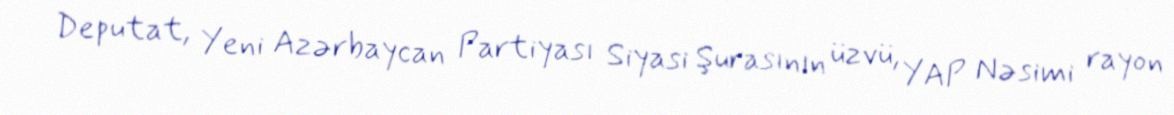
Deputat, Yeni Azərbaycan Partiyası Siyasi Şurasının üzvü, YAP Nəsimi rayon